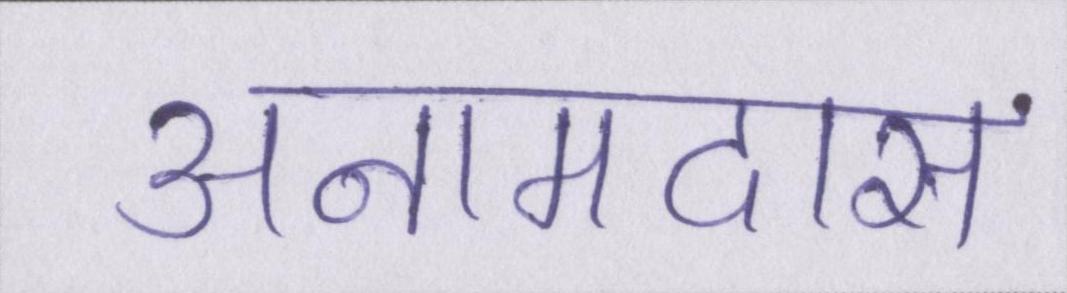
अनामदास